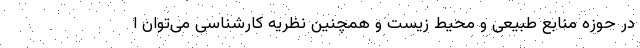
در حوزه منابع طبیعی و محیط زیست و همچنین نظریه کارشناسی می‌توان ا